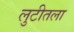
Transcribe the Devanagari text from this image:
लुटीतला